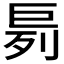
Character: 𪩤